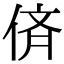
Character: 㑪